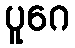
ပူဂေ